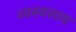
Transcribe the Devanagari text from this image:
व्यस्वसाय